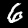
Digit: 6